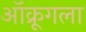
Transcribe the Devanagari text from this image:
ऑक्रूगला